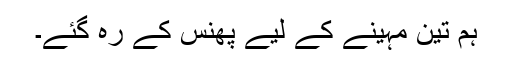
ہم تین مہینے کے لیے پھنس کے رہ گئے۔